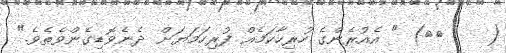
(    ٢١) " އެއުރެންގެ ހުރިހާކަމެއް ފުރިހަމަޔަށް ދެނެވޮޑިގެންވެތެވެ."